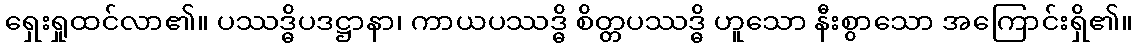
ရှေးရှုထင်လာ၏။ ပဿဒ္ဓိပဒဋ္ဌာနာ၊ ကာယပဿဒ္ဓိ စိတ္တပဿဒ္ဓိ ဟူသော နီးစွာသော အကြောင်းရှိ၏။